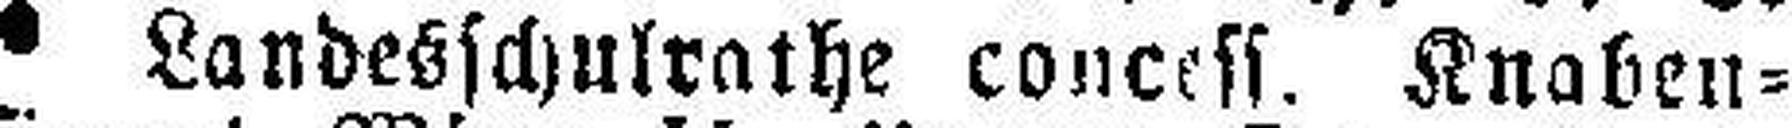
Landesschulrathe concess. Knaben=